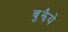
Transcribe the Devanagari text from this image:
बुझैये